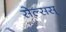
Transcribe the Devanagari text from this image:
सेल्सस्